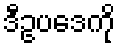
ဒီဥပဒေကို